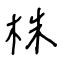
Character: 株